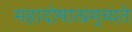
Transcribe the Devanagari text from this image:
महादोषात्प्रमुच्यते